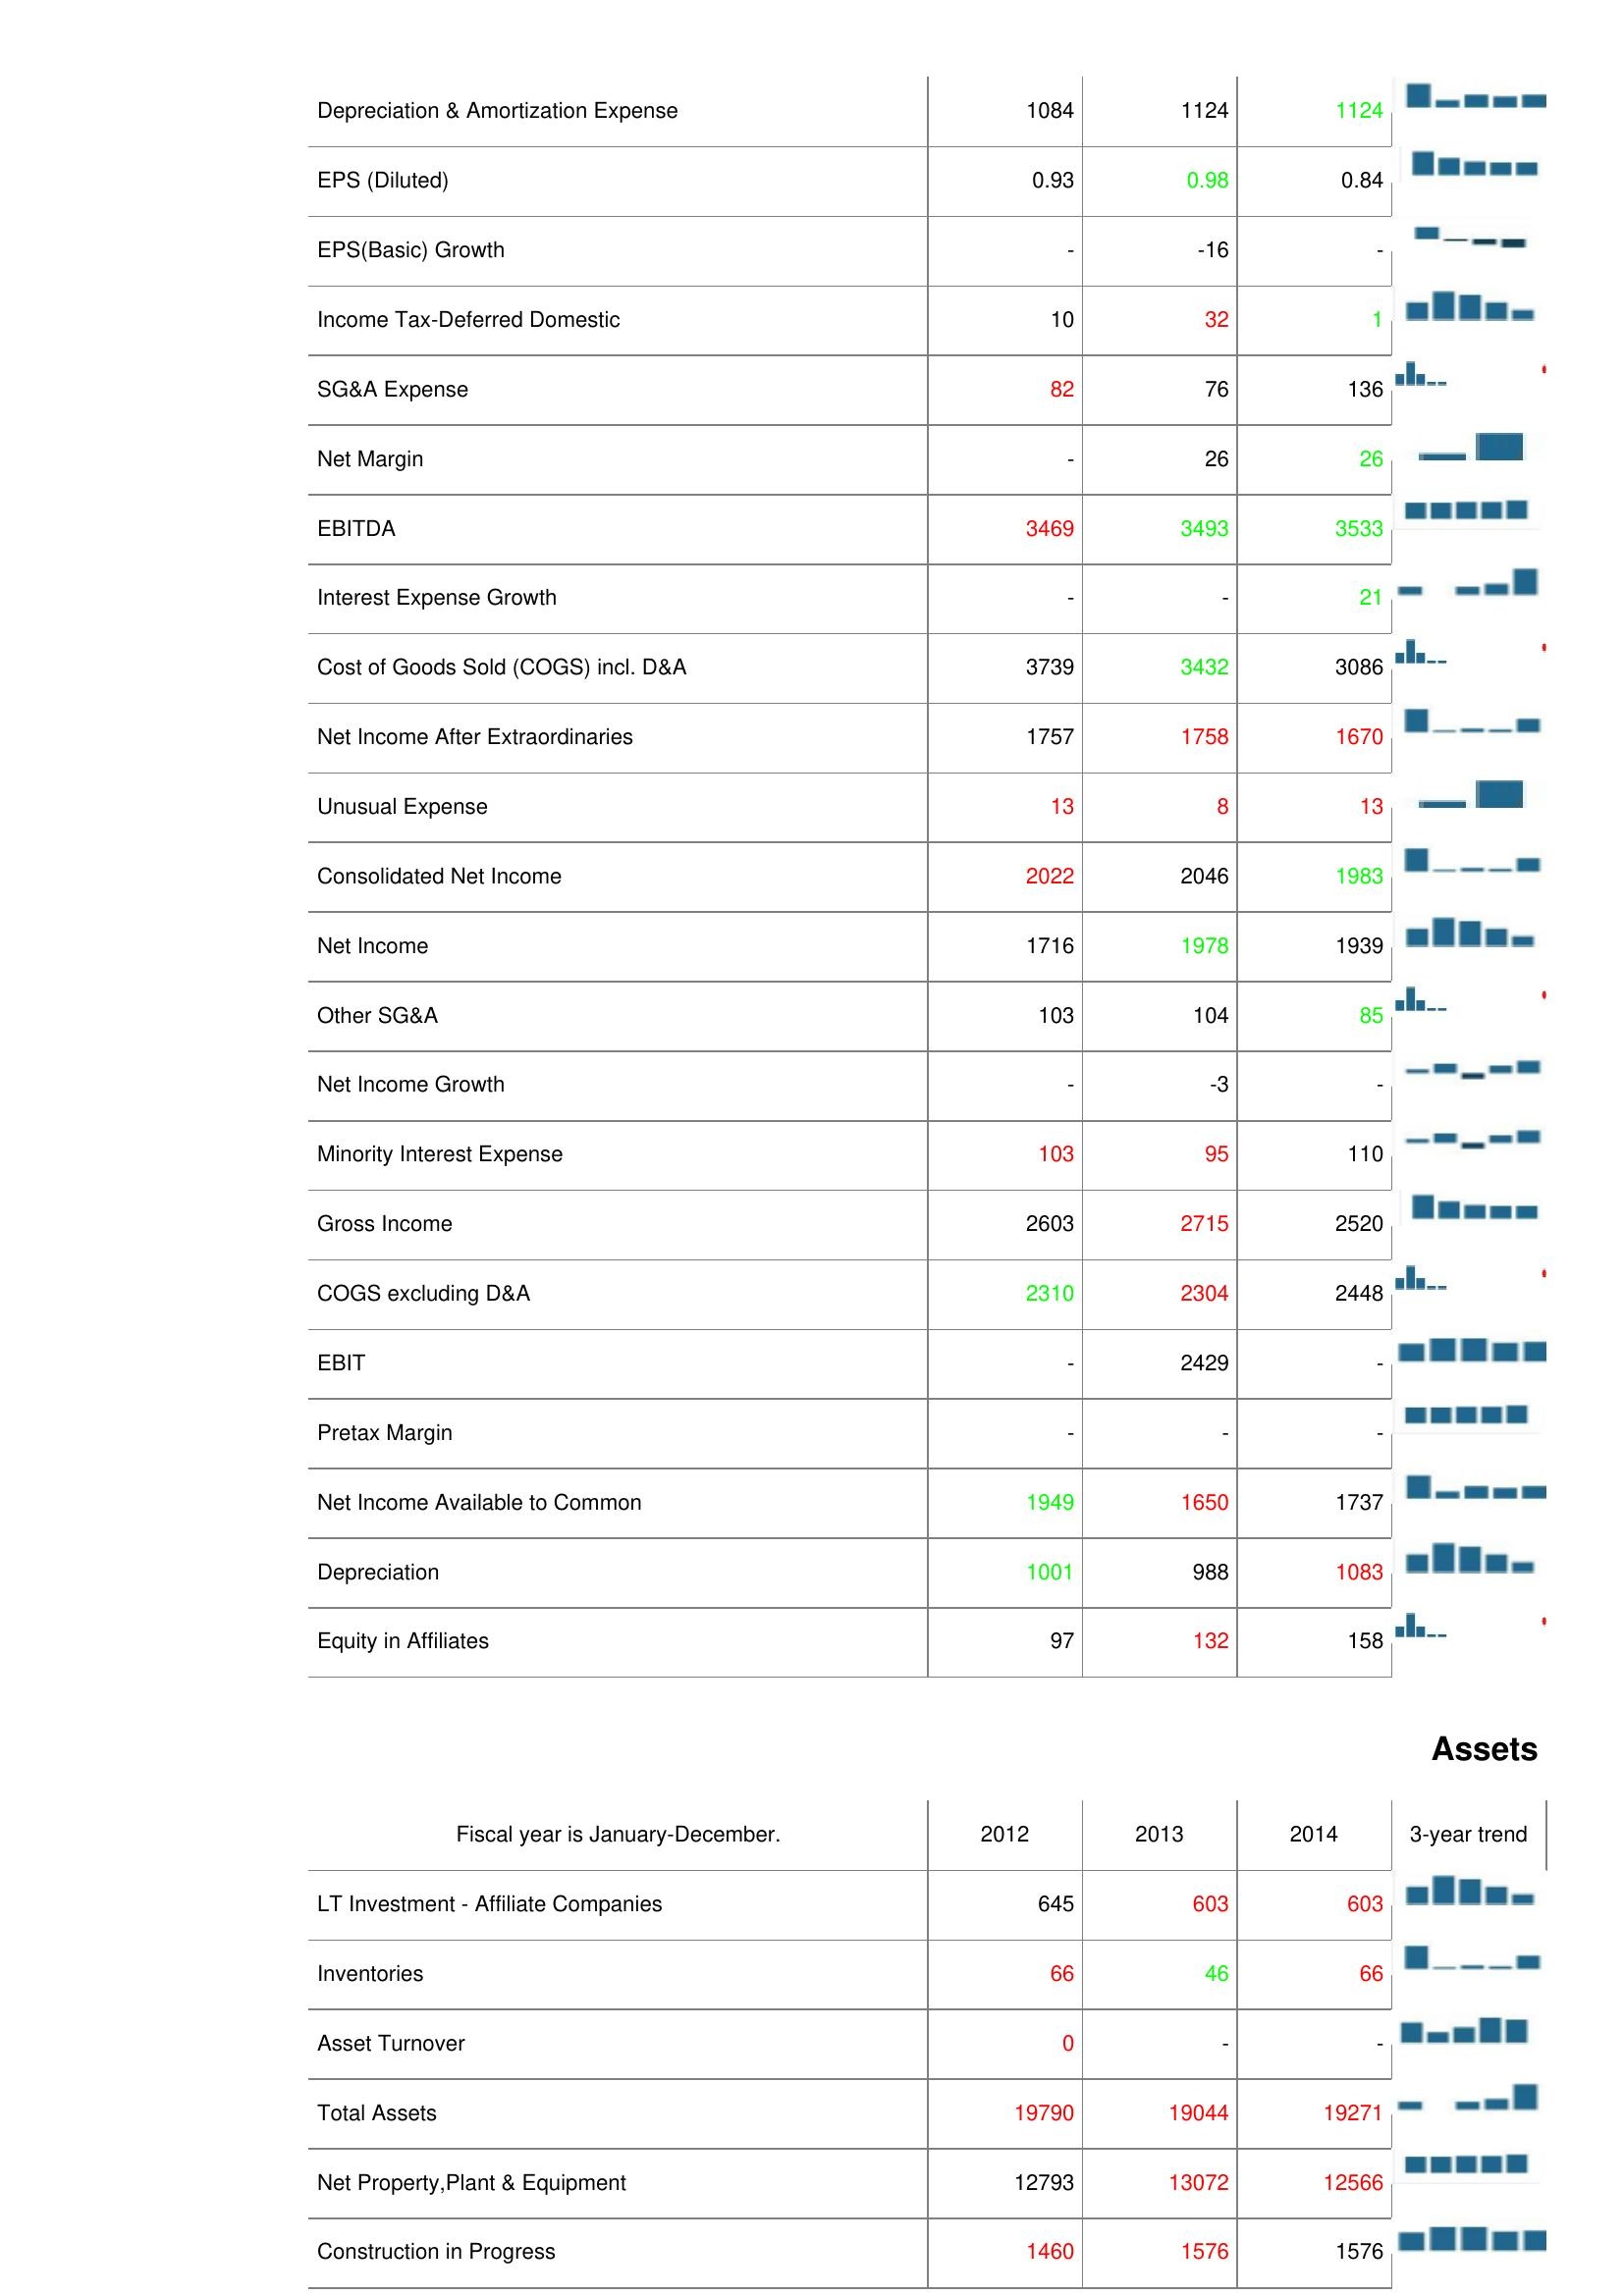
2012: : Depreciation & Amortization Expense: 1084
EPS (Diluted): 0.93
EPS(Basic) Growth: -
Income Tax-Deferred Domestic: 10
SG&A Expense: 82
Net Margin: -
EBITDA: 3469
Interest Expense Growth: -
Cost of Goods Sold (COGS) incl. D&A: 3739
Net Income After Extraordinaries: 1757
Unusual Expense: 13
Consolidated Net Income: 2022
Net Income: 1716
Other SG&A: 103
Net Income Growth: -
Minority Interest Expense: 103
Gross Income: 2603
COGS excluding D&A: 2310
EBIT: -
Pretax Margin: -
Net Income Available to Common: 1949
Depreciation: 1001
Equity in Affiliates: 97
Assets: LT Investment - Affiliate Companies: 645
Inventories: 66
Asset Turnover: 0
Total Assets: 19790
Net Property,Plant & Equipment: 12793
Construction in Progress: 1460
2013: : Depreciation & Amortization Expense: 1124
EPS (Diluted): 0.98
EPS(Basic) Growth: -16
Income Tax-Deferred Domestic: 32
SG&A Expense: 76
Net Margin: 26
EBITDA: 3493
Interest Expense Growth: -
Cost of Goods Sold (COGS) incl. D&A: 3432
Net Income After Extraordinaries: 1758
Unusual Expense: 8
Consolidated Net Income: 2046
Net Income: 1978
Other SG&A: 104
Net Income Growth: -3
Minority Interest Expense: 95
Gross Income: 2715
COGS excluding D&A: 2304
EBIT: 2429
Pretax Margin: -
Net Income Available to Common: 1650
Depreciation: 988
Equity in Affiliates: 132
Assets: LT Investment - Affiliate Companies: 603
Inventories: 46
Asset Turnover: -
Total Assets: 19044
Net Property,Plant & Equipment: 13072
Construction in Progress: 1576
2014: : Depreciation & Amortization Expense: 1124
EPS (Diluted): 0.84
EPS(Basic) Growth: -
Income Tax-Deferred Domestic: 1
SG&A Expense: 136
Net Margin: 26
EBITDA: 3533
Interest Expense Growth: 21
Cost of Goods Sold (COGS) incl. D&A: 3086
Net Income After Extraordinaries: 1670
Unusual Expense: 13
Consolidated Net Income: 1983
Net Income: 1939
Other SG&A: 85
Net Income Growth: -
Minority Interest Expense: 110
Gross Income: 2520
COGS excluding D&A: 2448
EBIT: -
Pretax Margin: -
Net Income Available to Common: 1737
Depreciation: 1083
Equity in Affiliates: 158
Assets: LT Investment - Affiliate Companies: 603
Inventories: 66
Asset Turnover: -
Total Assets: 19271
Net Property,Plant & Equipment: 12566
Construction in Progress: 1576